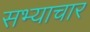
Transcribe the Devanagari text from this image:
सभ्याचार